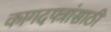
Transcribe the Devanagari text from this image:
कागदपत्रांसाठी